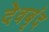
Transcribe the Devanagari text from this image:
देवबृंद